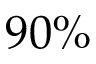
9 0 \%